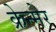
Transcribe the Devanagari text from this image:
क्रेन्मेर